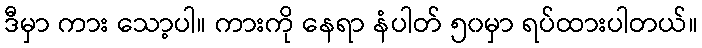
ဒီမှာ ကား သော့ပါ။ ကားကို နေရာ နံပါတ် ၅၀မှာ ရပ်ထားပါတယ်။